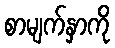
စာမျက်နှာကို